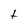
Character: t